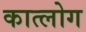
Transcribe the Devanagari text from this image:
कात्लोग